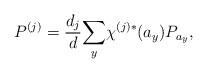
LaTeX: \begin{align*}P^{(j)}=\frac{d_{j}}{d}\underset{y}{\sum }\chi ^{(j)\ast }(a_{y})P_{a_{y}},\end{align*}